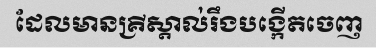
ដែលមានគ្រីស្តាល់រឹងបង្កើតចេញ